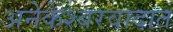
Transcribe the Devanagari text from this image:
अनेकेश्वरवादात